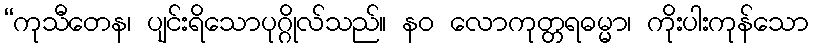
“ကုသီတေန၊ ပျင်းရိသောပုဂ္ဂိုလ်သည်။ နဝ လောကုတ္တရဓမ္မာ၊ ကိုးပါးကုန်သော